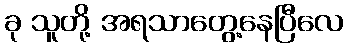
ခု သူတို့ အရသာတွေ့နေပြီလေ